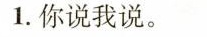
1.你说我说。